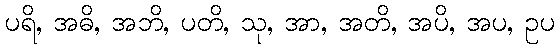
ပရိ, အဓိ, အဘိ, ပတိ, သု, အာ, အတိ, အပိ, အပ, ဥပ